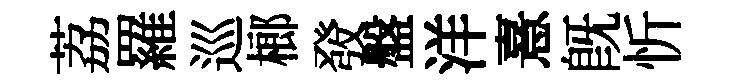
荔羅巡榔𤼲盤洋憙旣忻